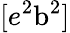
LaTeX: [e^{2}\mathrm{b}^{2}]